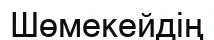
Шөмекейдің